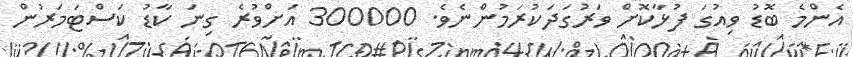
އެންމެ ބޮޑު ވިއުގަ ފުޅާކޮށް ވަރުގަދަކުރަމުންނެވެ. 300000 އަށްވުރެ ގިނަ ކާޑު ކަސްޓަމަރުން